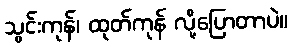
သွင်းကုန်၊ ထုတ်ကုန် လို့ပြောတာပဲ။